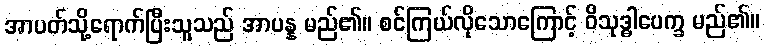
အာပတ်သို့ရောက်ပြီးသူသည် အာပန္န မည်၏။ စင်ကြယ်လိုသောကြောင့် ဝိသုဒ္ဓါပေက္ခ မည်၏။